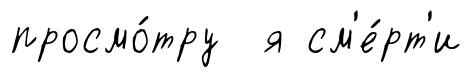
просмо́тру я см'е́рт'и